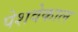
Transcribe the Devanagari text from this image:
पेशवेकाल